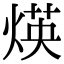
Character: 煐